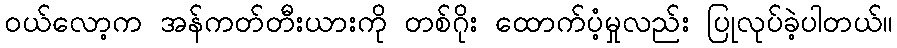
၀ယ်လော့က အန်ကတ်တီးယားကို တစ်ဂိုး ထောက်ပံ့မှုလည်း ပြုလုပ်ခဲ့ပါတယ်။